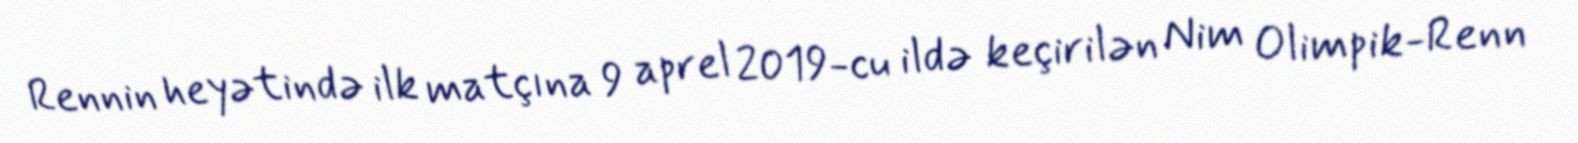
Rennin heyətində ilk matçına 9 aprel 2019-cu ildə keçirilən Nim Olimpik-Renn